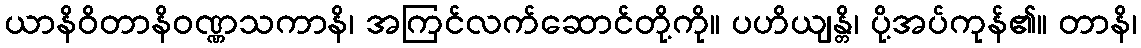
ယာနိဝိတာနိဝဏ္ဏသကာနိ၊ အကြင်လက်ဆောင်တို့ကို။ ပဟိယျန္တိ၊ ပို့အပ်ကုန်၏။ တာနိ၊